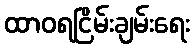
ထာဝရငြိမ်းချမ်းရေး